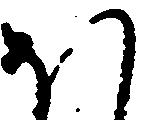
ほ